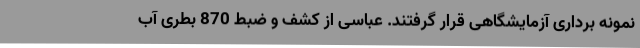
نمونه برداری آزمایشگاهی قرار گرفتند. عباسی از کشف و ضبط 870 بطری آب